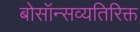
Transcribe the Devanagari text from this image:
बोसॉन्सव्यतिरिक्त